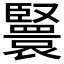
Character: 𦣴